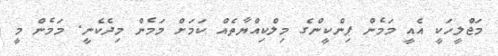
މަޖްލީހަކީ އެއީ މަމެން ޕިންކީންގެ މިލްކިއްޔާތެއް ކަމަށް މަމެން މިދެކެނީ. މަމެން މީ